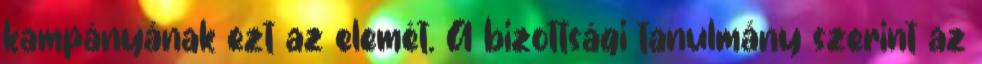
kampányának ezt az elemét. A bizottsági tanulmány szerint az